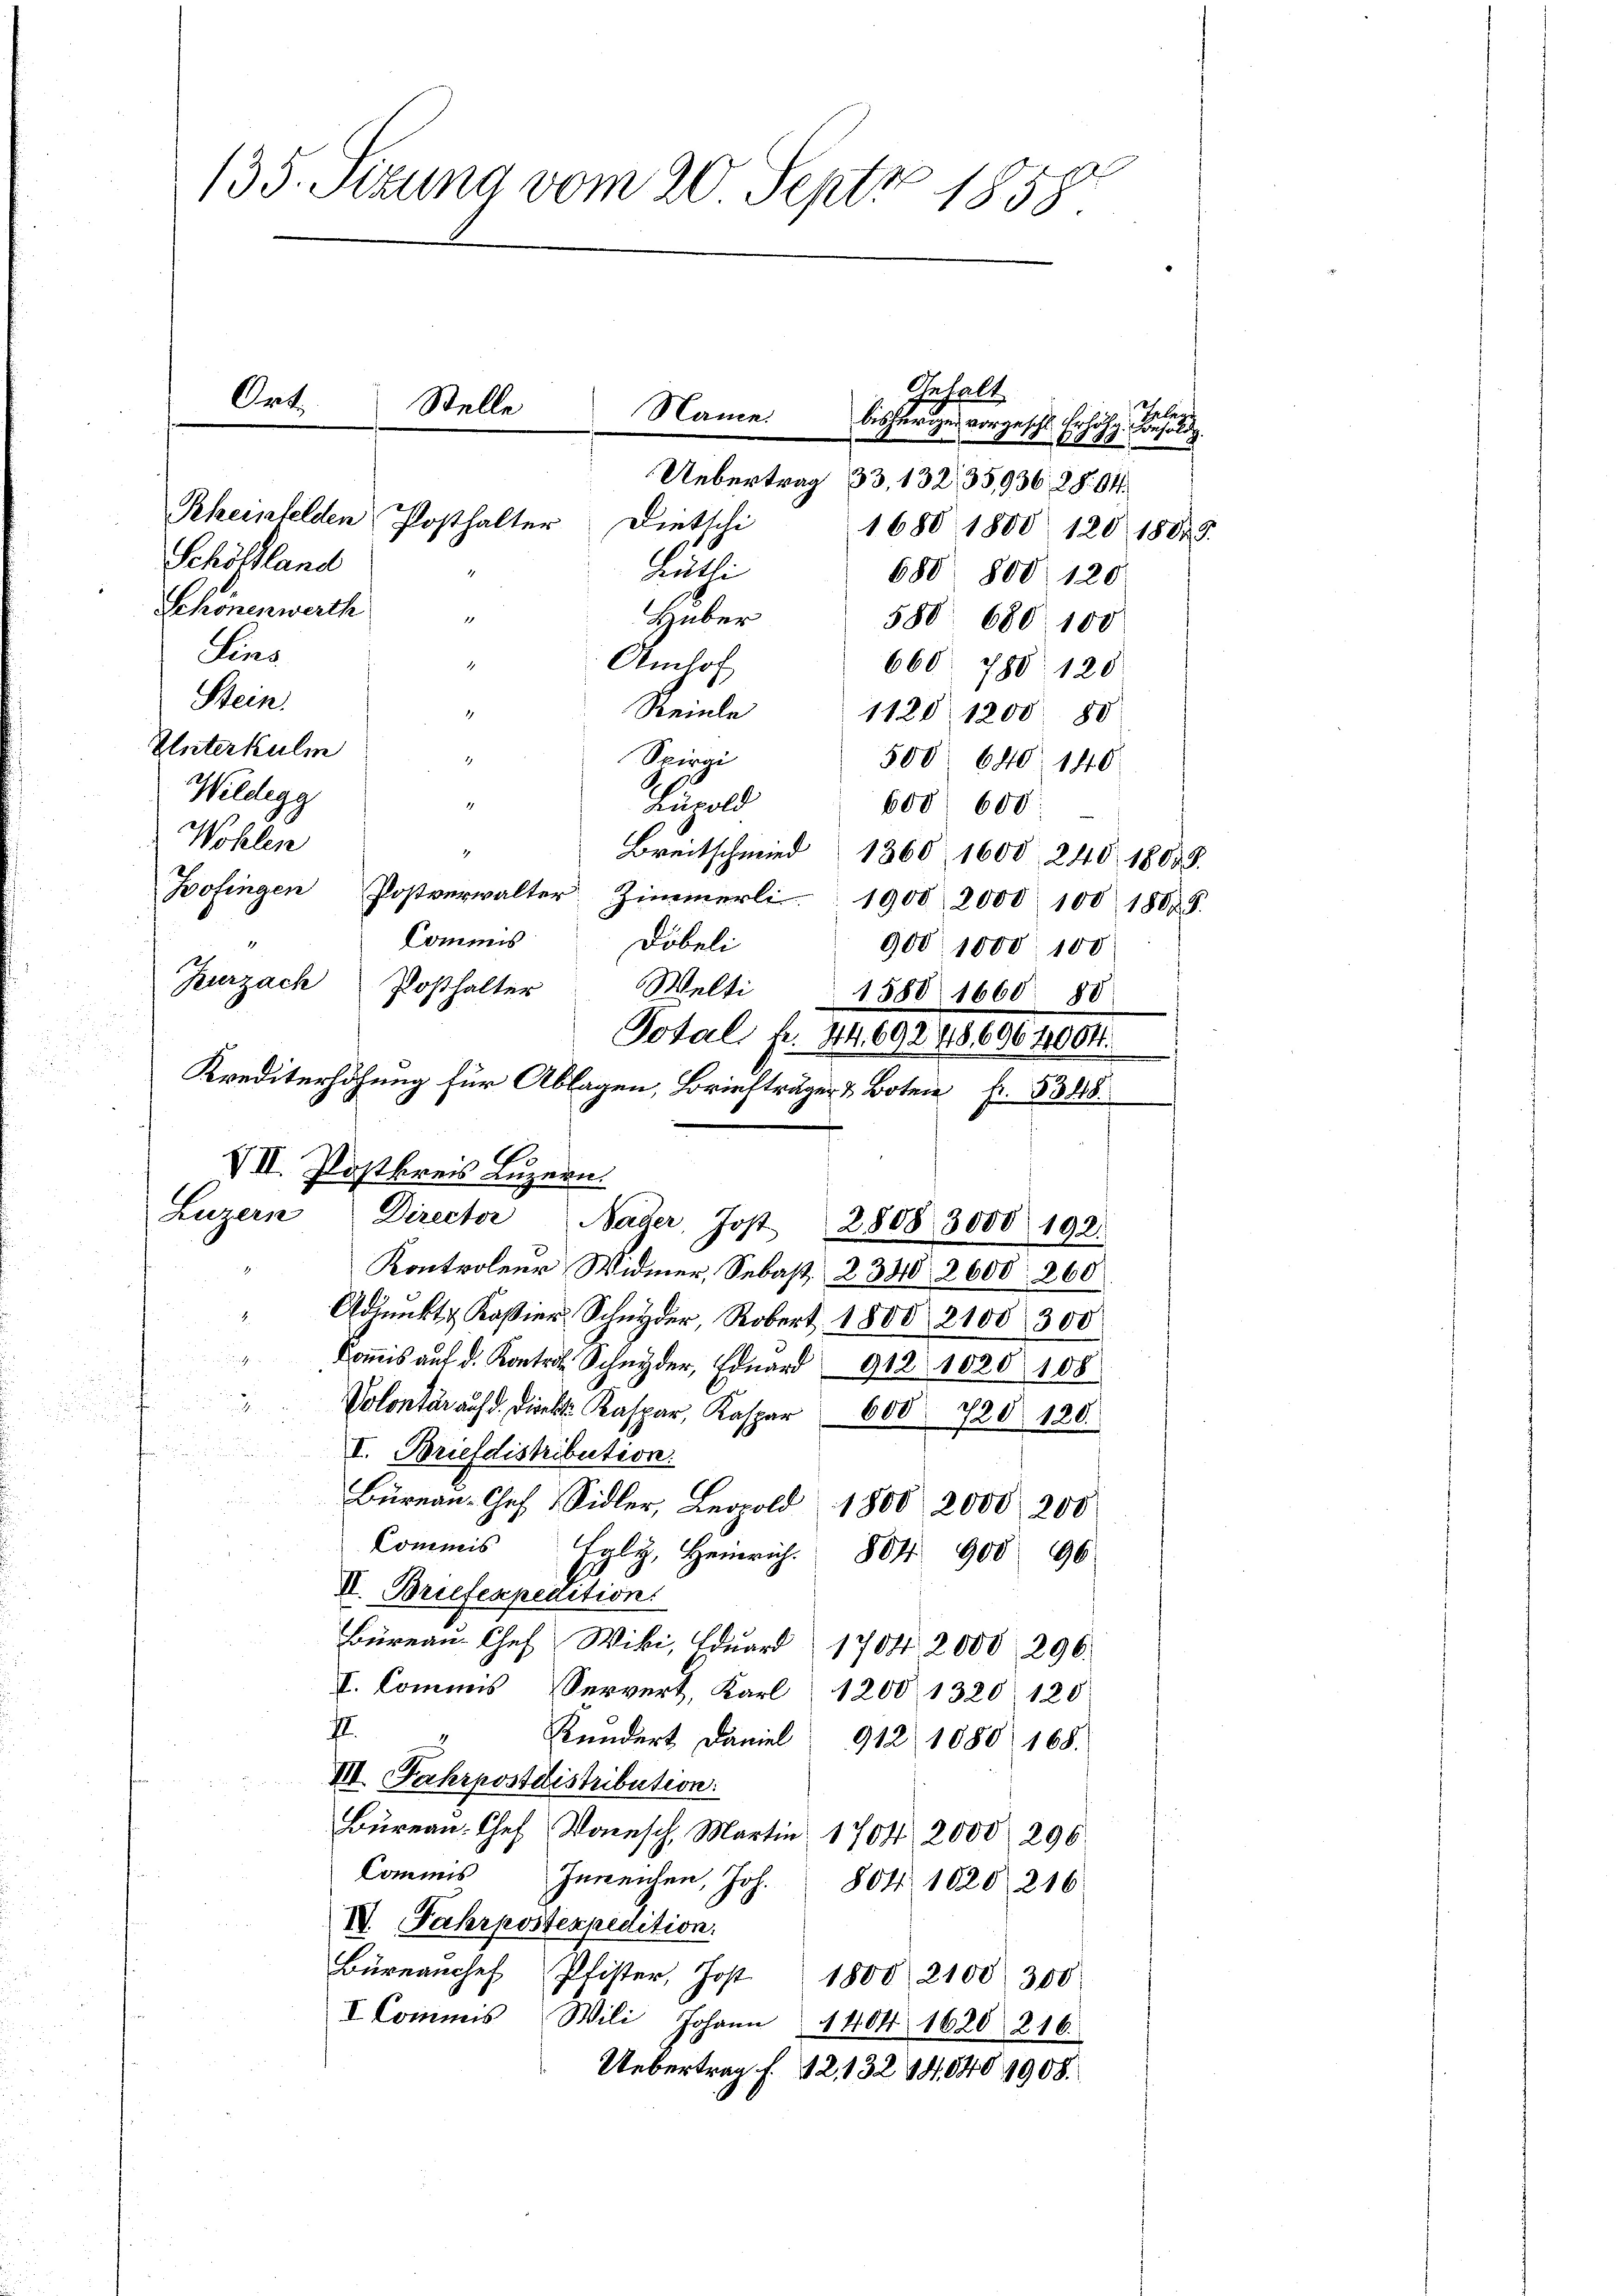
135. Sizung vom 20. Sept 1858

Uebertrag 33, 13235,936. 28. 64.
1680 1800. 120 1882
Schöltland
Rüthi
680. 800 120
Schönenwerth
Huber
550. 680. 100
Eins
Amlof
.
660 780. 120
Stein
Reinle
1120 1200 80
Unterkulm
Spirgi
d
500. 640. 140
Wildegg
Zürold
87
600 600
Wohlen
1
Breitschmied 1360. 1608 240. 1808.
Hofingen Postverwalter Zimmerli 1900 2000 100 1807. 8.
Commis
4
Döbeli
900. 1000. 100
Zurzach Posthalter Welti
1580 1660. 88
Total fr. 44. 69248,6064004.
Krediterhöhung für Ablagen, Briefträger & Boten Fr. 5388.
Se

Art.

Stelle
Rheinfelden Posthalter
Dietschi

VII. Postkreis Luzern.
Luzern Director Nager, Jost 2808 3000 192.

Gehalt
Name bisheriges vorgeschl. Erhöhg. Besold
08

Kontroleur Widmer, Sebast. 2340, 2600. 260
Adjunkte Kostier Schnyder, Robert 1800 2100. 300
Kommis auf d. Kontro Schnyder Eduard 912 1020 108
21
l. Kaspar Kaspar 600
120
120.
I. Briefdistribution.
Büreau-Ges. Sidler, Leopold 1800, 2000, 200
Commis Egly, Heinrich. 804 900 96
II. Briefexpedition.
Büreau-Chef Wiki, Eduard 1704 2000 296.
I. Commis Servert, Karl 1200 1320 120
.
Kundert Daniel 912 1080 168.
III. Fahrpostdistribution.
Bureau. Chef Wonnsch, Martin 1704. 2000 296.
Commis Innenten, Joh. 804. 1020 216
IV. Fahrpostexpedition.
Büreanchef Pfister, Jost 1800. 2100 300
I Commis Wili Johann 1404 1620 216.
Uebertrag f. 12. 132 14,040 1908.

Gel

9